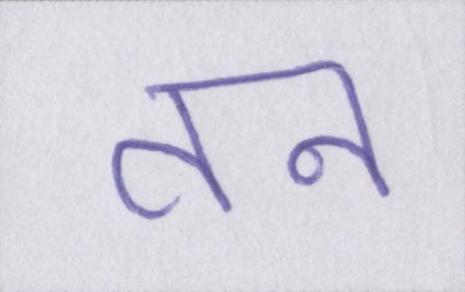
तन